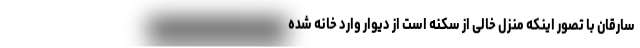
سارقان با تصور اینکه منزل خالی از سکنه است از دیوار وارد خانه شده